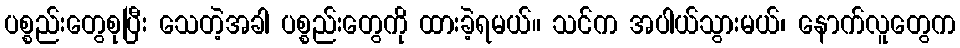
ပစ္စည်းတွေစုပြီး သေတဲ့အခါ ပစ္စည်းတွေကို ထားခဲ့ရမယ်။ သင်က အပါယ်သွားမယ်၊ နောက်လူတွေက